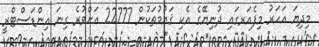
މިދިޔަ އަހަރު މިފެއަރގައި ދުނިޔޭގެ އެކި ޤައުމުތަކުން 22777 އަށްވުރެ ގިނަ އިންޑަސްޓްރީ